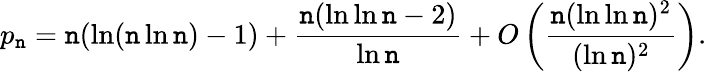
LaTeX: p_{\mathtt{n}}=\mathtt{n}(\ln(\mathtt{n}\ln\mathtt{n})-1)+{\frac{{\mathtt{n}(\ln\ln\mathtt{n}-2)}}{{\ln\mathtt{n}}}}+O\left({\frac{{\mathtt{n}(\ln\ln\mathtt{n})^{2}}}{{(\ln\mathtt{n})^{2}}}}\right).